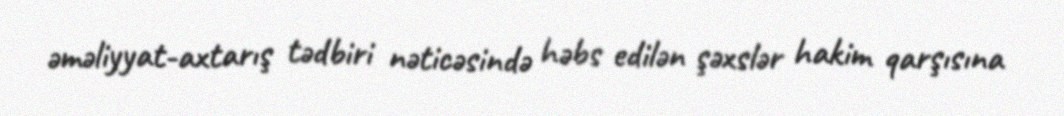
əməliyyat-axtarış tədbiri nəticəsində həbs edilən şəxslər hakim qarşısına